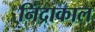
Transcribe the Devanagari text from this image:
निंद्राकाल